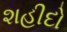
શહીદો